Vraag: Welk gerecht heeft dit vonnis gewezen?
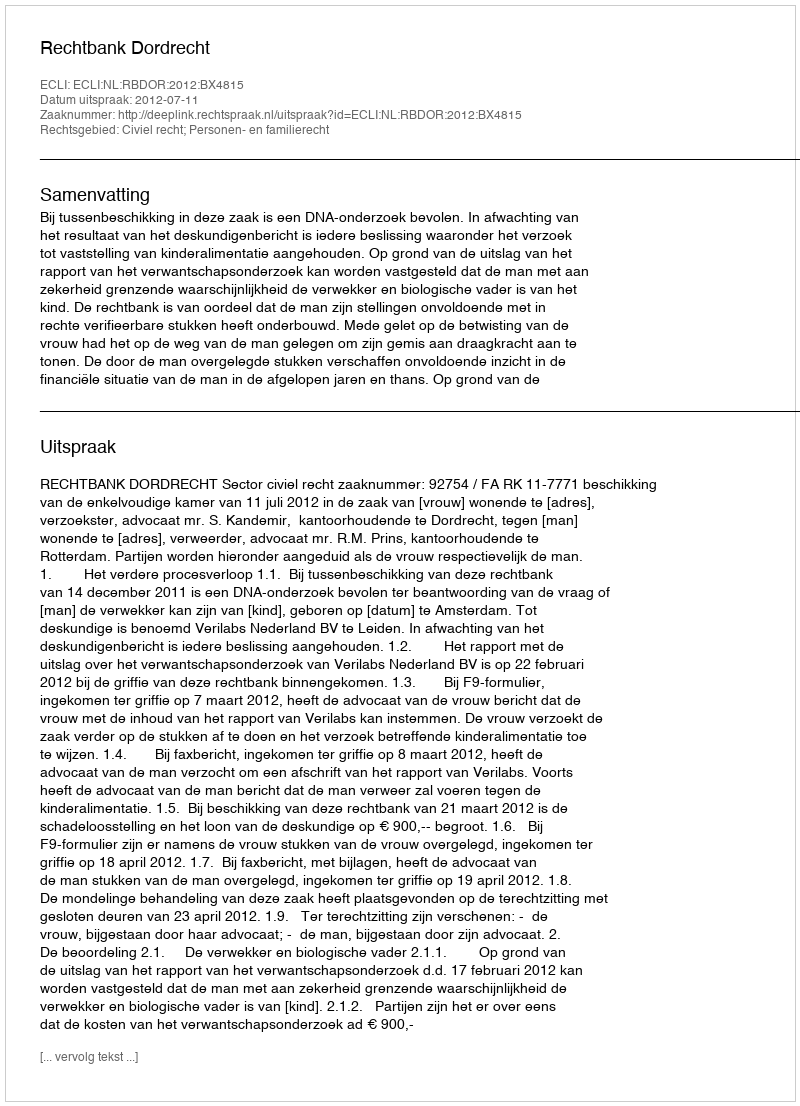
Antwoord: Rechtbank Dordrecht